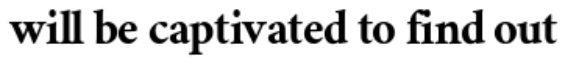
will be captivated to find out